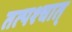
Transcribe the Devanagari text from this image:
तत्‍पश्‍चात्